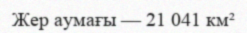
Жер аумағы — 21 041 км²